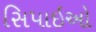
સિપાઇઓ